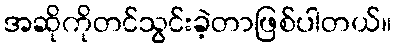
အဆိုကိုတင်သွင်းခဲ့တာဖြစ်ပါတယ်။